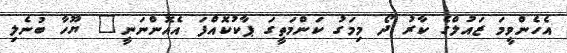
އެހެންވީމަ ޒައުލްގެ ކާރު ދޯ މިމަގު ކަންމަތީގަ ޕާކުކޮއްފަ އެއޮންނަނީ" ޔޫހާ ބުނެލި